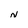
Character: N